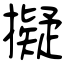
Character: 擬